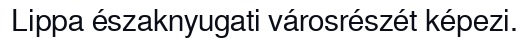
Lippa északnyugati városrészét képezi.